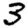
Digit: 3